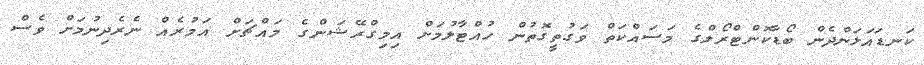
ކަނޑައަޅަންދެން ބޯޑާކޮންޓްރޯލްގެ މަސައްކަތް ވަގުތީގޮތުން ހުއްޓާލުމަށް އިމިގްރޭޝަންގެ މައްޗަށް އަމުރެއް ނެރެދިނުމަށް ވެސް